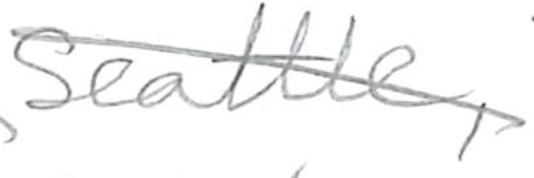
Text: Seattle,
Cross-out: diagonal
Writing tool: pencil